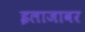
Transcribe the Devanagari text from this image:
इलाजावर